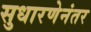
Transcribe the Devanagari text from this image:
सुधारणेनंतर